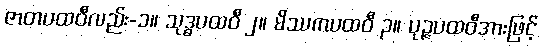
ဇာတပထဝီလည်း-၁။ သုဒ္ဓပထဝီ ၂။ မိဿကပထဝီ ၃။ ပုဉ္ဇပထဝီအားဖြင့်